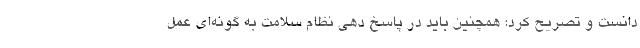
دانست و تصریح کرد: همچنین باید در پاسخ دهی نظام سلامت به گونه‌ای عمل